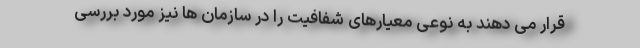
قرار می دهند به نوعی معیارهای شفافیت را در سازمان ها نیز مورد بررسی